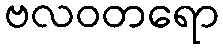
ဗလဝတရော